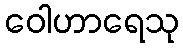
ဝေါဟာရေသု